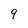
Character: 9